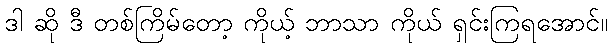
ဒါ ဆို ဒီ တစ်ကြိမ်တော့ ကိုယ့် ဘာသာ ကိုယ် ရှင်းကြရအောင်။